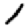
Digit: 1